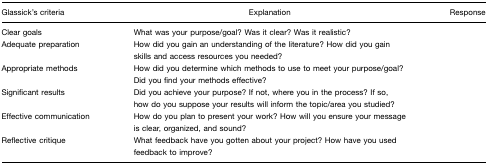
| Glassick's criteria | Explanation | Response |
 | --- | --- | --- |
 | Clear goals | What was your purpose/goal? Was it clear? Was it realistic? |  |
 | Adequate preparation | How did you gain an understanding of the literature? How did you gain skills and access resources you needed? |  |
 | Appropriate methods | How did you determine which methods to use to meet your purpose/goal? Did you find your methods effective? |  |
 | Significant results | Did you achieve your purpose? If not, where you in the process? If so, how do you suppose your results will inform the topic/area you studied? |  |
 | Effective communication | How do you plan to present your work? How will you ensure your message is clear, organized, and sound? |  |
 | Reflective critique | What feedback have you gotten about your project? How have you used feedback to improve? |  |